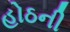
હોઠની